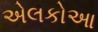
એલકોઆ